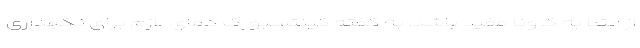
از ابتلا به کرونا مفید باشد. به گفته گینتسبورگ دمای لازم برای نگهداری